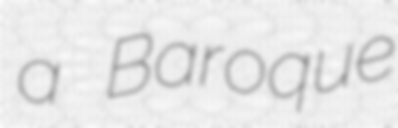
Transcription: a Baroque